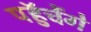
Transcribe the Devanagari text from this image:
पहुॅचेंगे